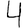
Digit: 4